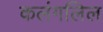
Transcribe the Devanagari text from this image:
कलंगलिल